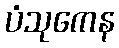
ပံသုကေန